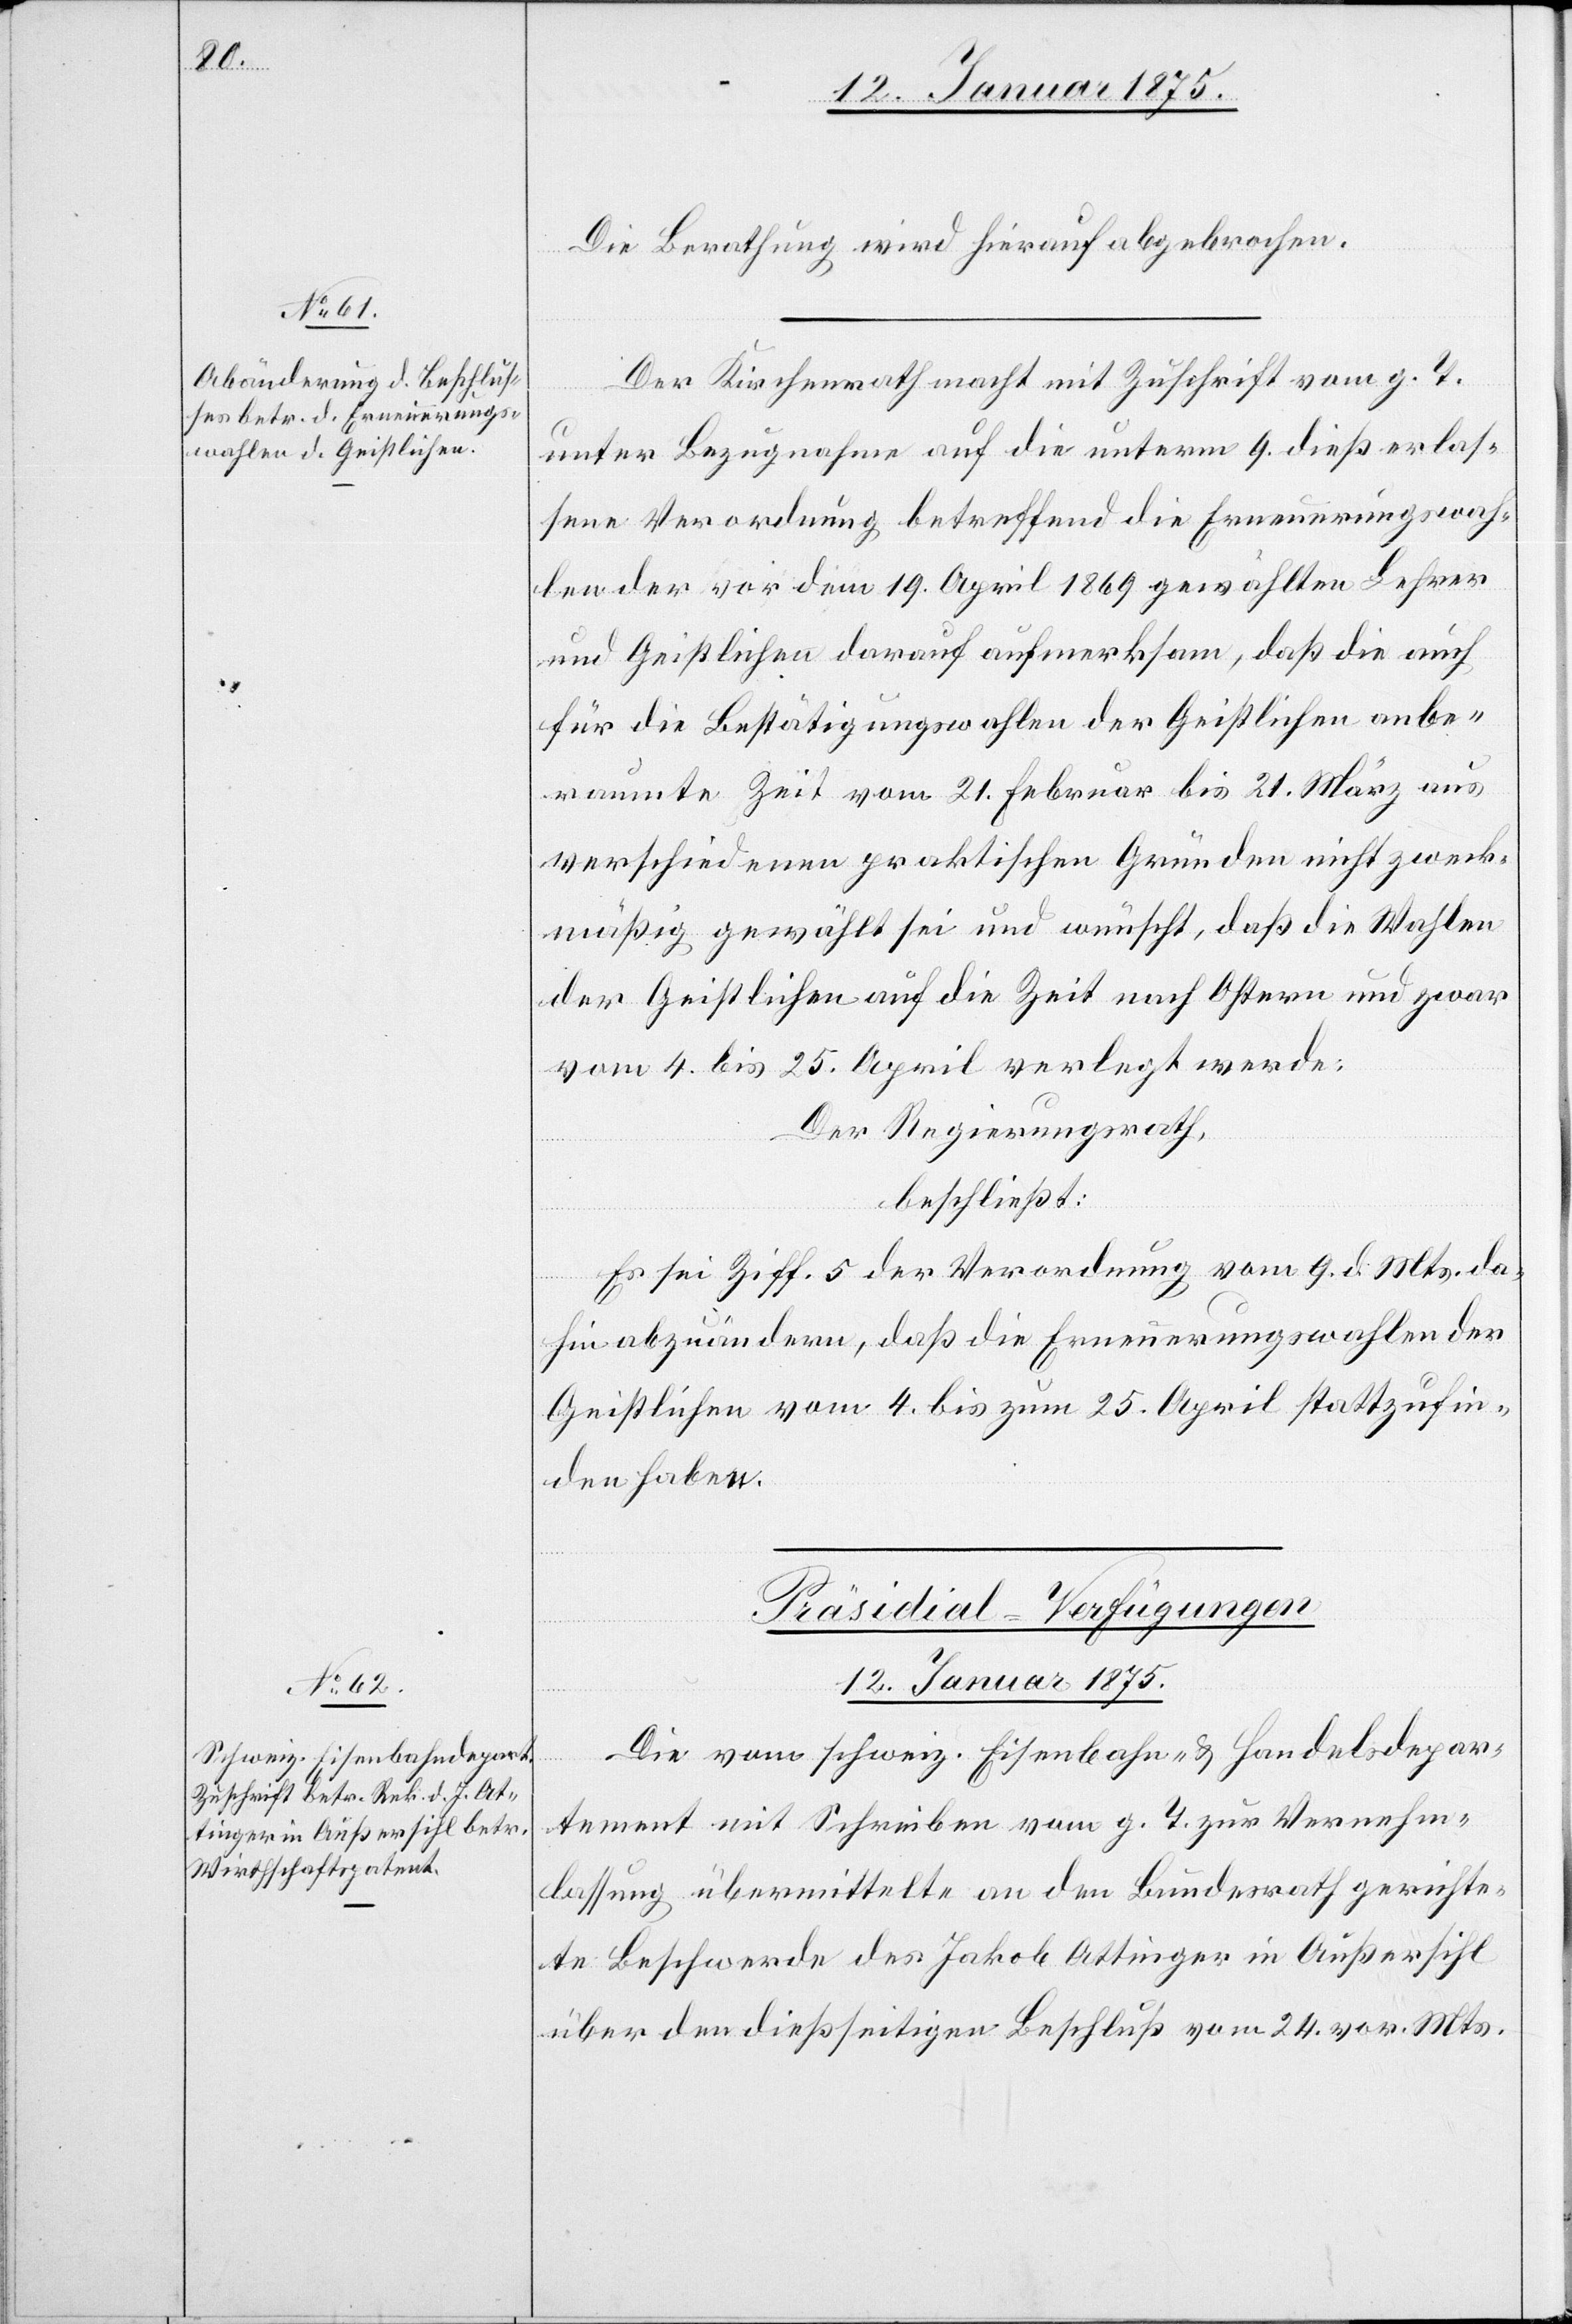
Die Berathung wird hierauf abgebrochen.
Der Kirchenrath macht mit Zuschrift vom g. T.
unter Bezugnahme auf die unterm 9. dieß erlas¬
sene Verordnung betreffend die Erneuerungswah¬
len der vor dem 19. April 1869 gewählten Lehrer
und Geistlichen darauf aufmerksam, daß die auch
für die Bestätigungswahlen der Geistlichen anbe¬
raumte Zeit vom 21. Februar bis 21. März aus
verschiedenen praktischen Gründen nicht zweck¬
mäßig gewählt sei und wünscht, daß die Wahlen
der Geistlichen auf die Zeit nach Ostern und zwar
vom 4. bis 25. April verlegt werde:
Der Regierungsrath,
beschließt:
Es sei Ziff. 5 der Verordnung vom 9. d. Mts. da¬
hin abzuändern, daß die Erneuerungswahlen der
Geistlichen vom 4. bis 25. April stattzufin¬
den haben.
Präsidial-Verfügungen
12. Januar 1875.
Die vom schweiz. Eisenbahn- u. Handelsdepar¬
tement mit Schreiben vom g. T. zur Vernehm¬
lassung übermittelte an den Bundesrath gerichte¬
te Beschwerde des Jakob Attinger in Außersihl
über den dießseitigen Beschluß vom 24. vor. Mts.